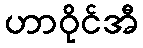
ဟာဝိုင်အီ